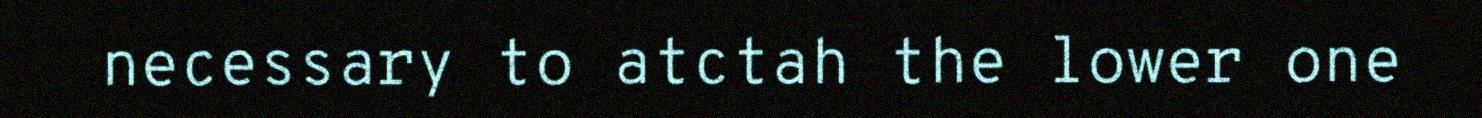
necessary to atctah the lower one